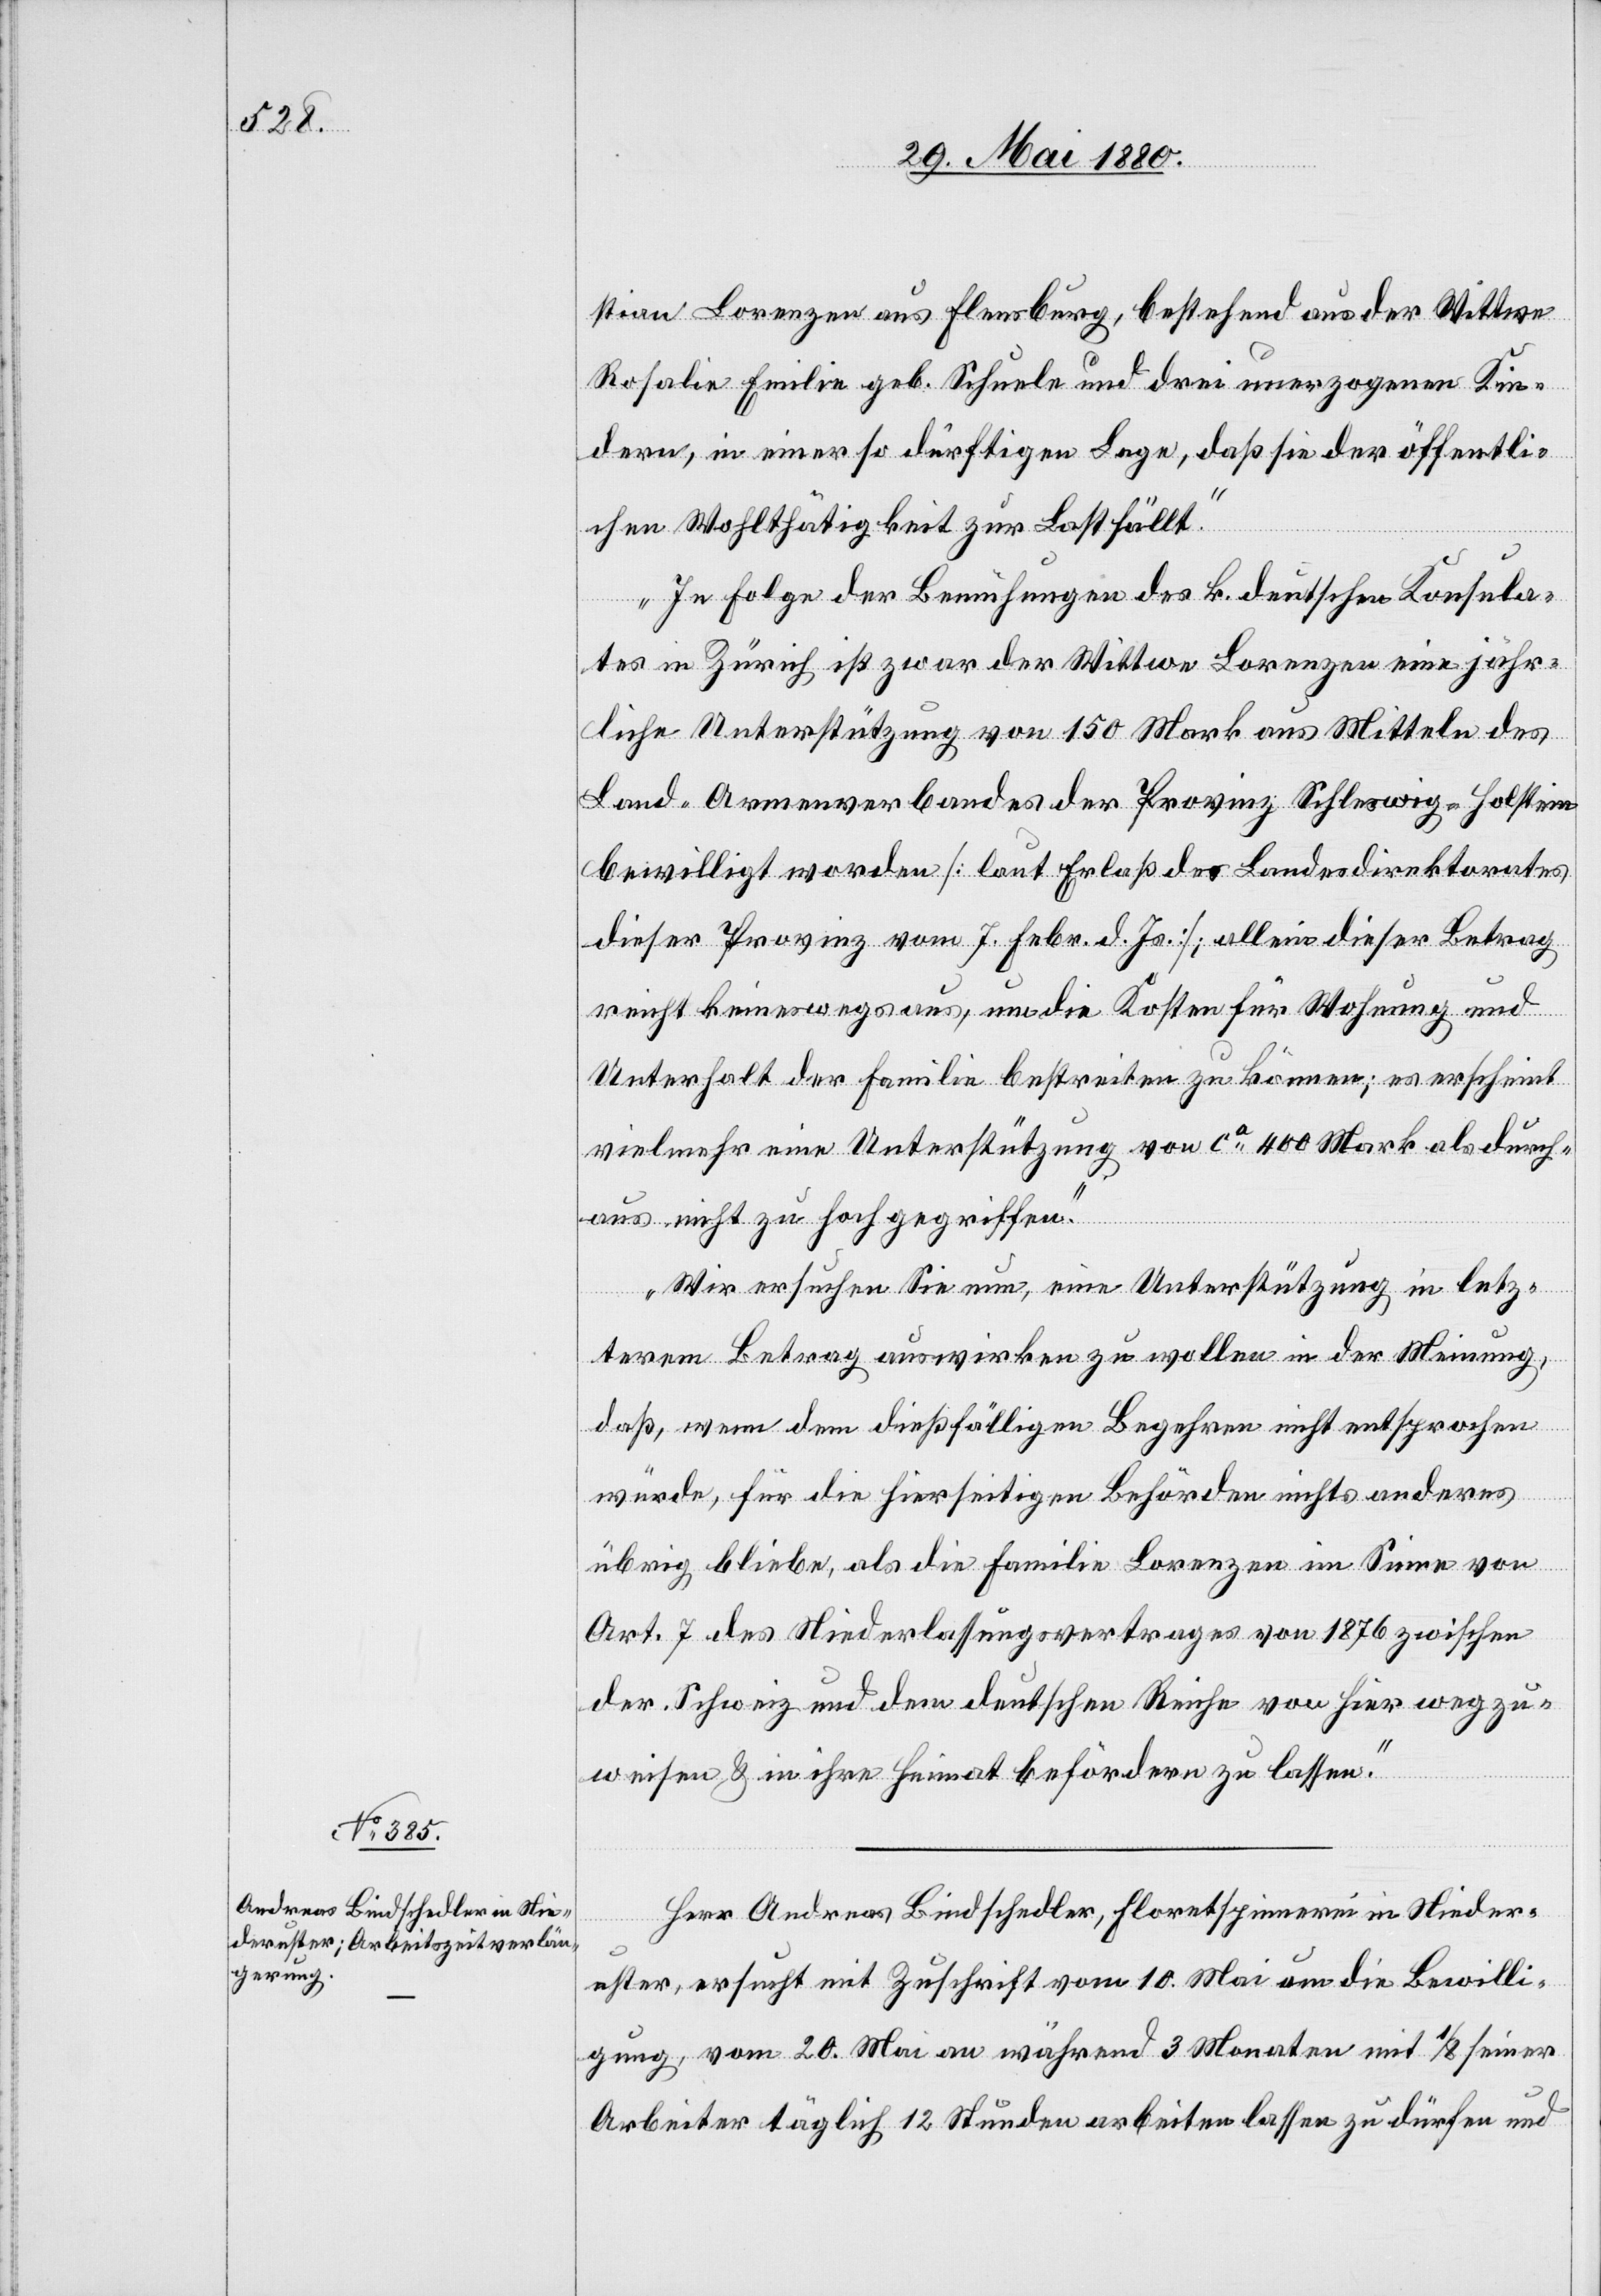
stian Lorenzer aus Flensburg, bestehend aus der Wittwe
Rosalie Emilie geb. Schuele und drei unerzogenen Kin¬
dern, in einer so dürftigen Lage, daß sie der öffentli¬
chen Wohlthätigkeit zur Last fällt.
In Folge der Bemühungen des k. deutschen Konsula¬
tes in Zürich ist zwar der Wittwe Lorenzer eine jähr¬
liche Unterstützung von 150 Mark aus Mitteln des
Land-Armenverbandes der Provinz Schleswig-Holstein
bewilligt worden [laut Erlaß des Landesdirektorates
dieser Provinz vom 7. Febr. d. Js.], allein dieser Betrag
reicht keineswegs aus, um die Kosten für Wohnung und
Unterhalt der Familie bestreiten zu können; es erscheint
vielmehr eine Unterstützung von ca 400 Mark als durch¬
aus nicht zu hoch gegriffen.
Wir ersuchen Sie nun, eine Unterstützung in letz¬
terem Betrag auswirken zu wollen in der Meinung,
daß, wenn dem dießfälligen Begehren nicht entsprochen
würde, für die hierseitigen Behörden nichts anderes
übrig bliebe, als die Familie Lorenzer im Sinne von
Art. 7 des Niederlassungsvertrages von 1876 zwischen
der Schweiz und dem deutschen Reiche von hier wegzu¬
weisen & in ihre Heimat befördern zu lassen.“
Herr Andreas Bindschedler, Floretspinnerei in Nieder¬
uster, ersucht mit Zuschrift vom 10. Mai um die Bewilli¬
gung, vom 20. Mai an während 3 Monaten mit 1/8 seiner
Arbeiter täglich 12 Stunden arbeiten lassen zu dürfen und